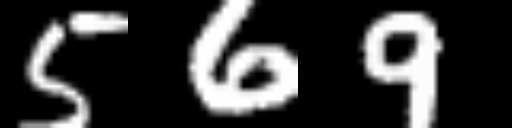
Text: 569